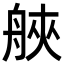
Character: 𦩀